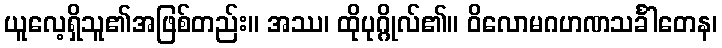
ယူလေ့ရှိသူ၏အဖြစ်တည်း။ အဿ၊ ထိုပုဂ္ဂိုလ်၏။ ဝိလောမဂဟဏသင်္ခါတေန၊